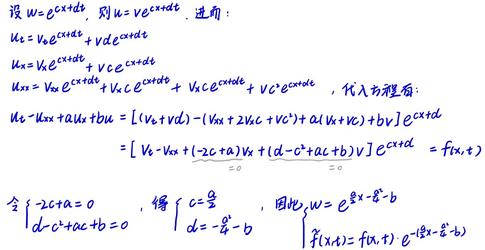
设 \( u = v e^{cx + dt} \)，则 \( u = v e^{cx + dt} \)，进而：
\[
\begin{align*}
u_t &= v_t e^{cx + dt}+ vd e^{cx + dt}\\
u_x &= v_x e^{cx + dt}+ vc e^{cx + dt}\\
u_{xx} &= v_{xx} e^{cx + dt}+ 2vc v_x e^{cx + dt}+ v c^2 e^{cx + dt}+ v c e^{cx + dt}
\end{align*}
\]
代入方程得：
\[
\begin{align*}
u_t - u_{xx}+ au + bu &= [(v_t + vd)-(v_{xx}+ 2vc v_x + v c^2)+ a(v_x + vc)+ bv]e^{cx + dt}\\
&= [v_t - v_{xx}+ (-2c + a)v_x+(d - c^2+ ac + b)v]e^{cx + dt}= f(x,t)
\end{align*}
\]
令 \( \left\{\begin{array}{l}-2c + a = 0\\d - c^2+ ac + b = 0\end{array}\right. \)，得 \( c=\frac{a}{2} \)，因此， \( w = e^{\frac{a}{2}x-\frac{a^2}{4}t - b} \)， \( \tilde{f}(x,t)=f(x,t)\cdot e^{-(\frac{a}{2}x-\frac{a^2}{4}t - b)} \)